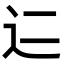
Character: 𬨜